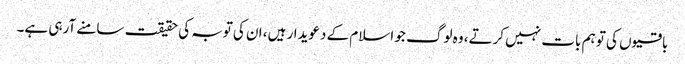
باقیوں کی تو ہم بات نہیں کرتے، وہ لوگ جو اسلام کے دعویدار ہیں، ان کی توبہ کی حقیقت سامنے آرہی ہے۔